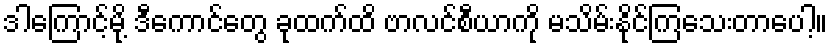
ဒါကြောင့်မို့ ဒီကောင်တွေ ခုထက်ထိ ဗာလင်စီယာကို မသိမ်းနိုင်ကြသေးတာပေါ့။